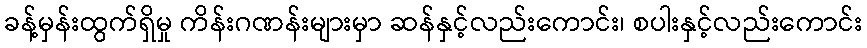
ခန့်မှန်းထွက်ရှိမှု ကိန်းဂဏန်းများမှာ ဆန်နှင့်လည်းကောင်း၊ စပါးနှင့်လည်းကောင်း